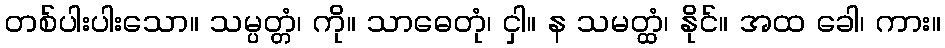
တစ်ပါးပါးသော။ သမ္ပတ္တံ၊ ကို။ သာဓေတုံ၊ ငှါ။ န သမတ္ထံ၊ နိုင်။ အထ ခေါ၊ ကား။